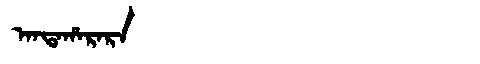
Manchu: ᠠᠨᡨᠠᡥᠠᡵᠠᡵᠠ
Romanization: ANTAHARARA